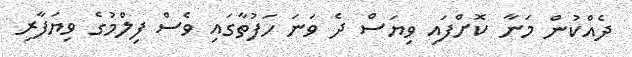
ދެއްކުން މަނާ ކޮށްފައި ވިޔަސް ދެ ވަނަ ހަފުތާގައި ވެސް ފިލްމުގެ ވިޔަފާރި